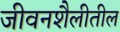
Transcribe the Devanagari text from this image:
जीवनशैलीतील